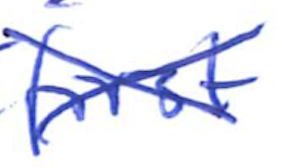
Text: first
Cross-out: mix
Writing tool: ballpoint